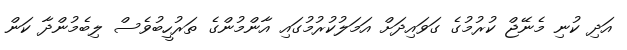
އަދި ކުނި މެނޭޖް ކުރުމުގެ ގަވައިދަށް އަމަލުކުރުމުގައި އާންމުންގެ ތަރުހީބުވެސް ލިބެމުންދާ ކަން